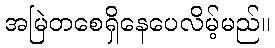
အမြဲတစေရှိနေပေလိမ့်မည်။